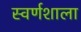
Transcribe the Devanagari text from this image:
स्वर्णशाला